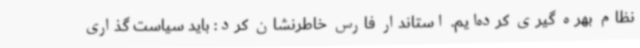
نظام بهره گیری کرده‌ایم. استاندار فارس خاطرنشان کرد: باید سیاست گذاری